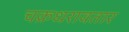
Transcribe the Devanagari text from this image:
चक्रधरावतार